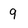
Character: 9